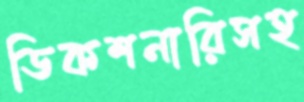
ডিকশনারিসহ